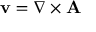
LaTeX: \mathbf { v } = \nabla \times \mathbf { A }